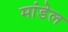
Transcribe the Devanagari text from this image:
मांडेल